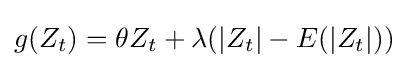
g(Z_{t})=\theta Z_{t}+\lambda (|Z_{t}|-E(|Z_{t}|))